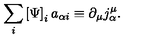
\sum _ { i } \left[ \Psi \right] _ { i } a _ { \alpha i } \equiv \partial _ { \mu } j _ { \alpha } ^ { \mu } .